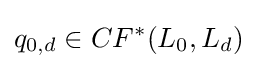
q_{0,d}\in CF^{*}(L_{0},L_{d})